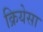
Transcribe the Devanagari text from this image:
क्रियेसा